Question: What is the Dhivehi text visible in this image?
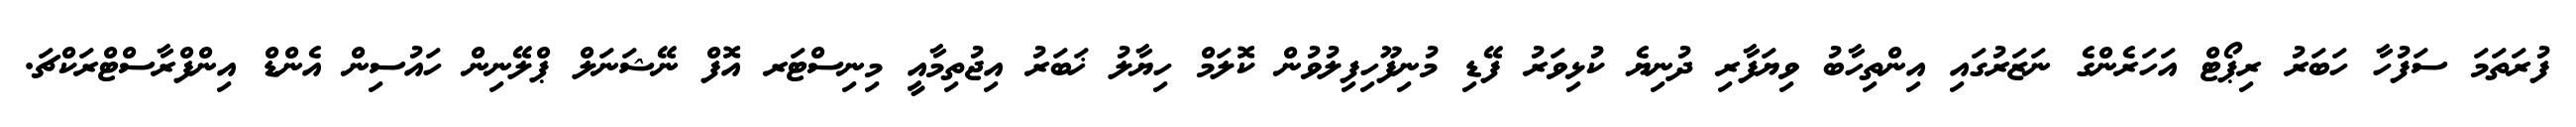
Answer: ފުރަތަމަ ސަފުހާ ހަބަރު ރިޕޯޓް އަހަރެންގެ ނަޒަރުގައި އިންތިހާބު ވިޔަފާރި ދުނިޔެ ކުޅިވަރު ފޭޑި މުނިފޫހިފިލުވުން ކޮލަމް ހިޔާލު ޚަބަރު އިޖުތިމާއީ މިނިސްޓަރ އޮފް ނޭޝަނަލް ޕްލޭނިން ހައުސިން އެންޑް އިންފްރާސްޓްރަކްޗަ.